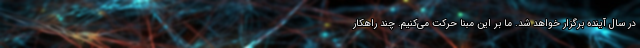
در سال آینده برگزار خواهد شد. ما بر این مبنا حرکت می‌کنیم. چند راهکار